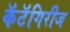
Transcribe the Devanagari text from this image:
कॅटॅगिरीज